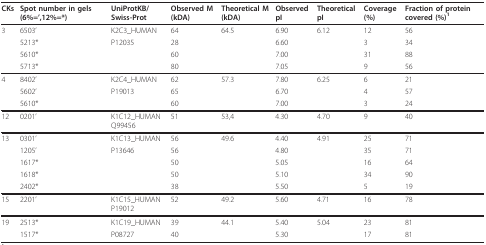
<table><thead><tr><td><b>CKs</b></td><td><b>Spot number in gels (6%=&#x27;,12%=*)</b></td><td><b>UniProtKB/Swiss-Prot</b></td><td><b>Observed M (kDA)</b></td><td><b>Theoretical M (kDA)</b></td><td><b>Observed pI</b></td><td><b>Theoretical pI</b></td><td><b>Coverage (%)</b></td><td><b>Fraction of protein covered (%)<sup>1</sup></b></td></tr></thead><tbody><tr><td>3</td><td>6503&#x27;</td><td>K2C3_HUMAN</td><td>64</td><td>64.5</td><td>6.90</td><td>6.12</td><td>12</td><td>56</td></tr><tr><td></td><td>5213*</td><td>P12035</td><td>28</td><td></td><td>6.60</td><td></td><td>3</td><td>34</td></tr><tr><td></td><td>5610*</td><td></td><td>60</td><td></td><td>7.00</td><td></td><td>31</td><td>88</td></tr><tr><td></td><td>5713*</td><td></td><td>80</td><td></td><td>7.05</td><td></td><td>9</td><td>56</td></tr><tr><td>4</td><td>8402&#x27;</td><td>K2C4_HUMAN</td><td>62</td><td>57.3</td><td>7.80</td><td>6.25</td><td>6</td><td>21</td></tr><tr><td></td><td>5602&#x27;</td><td>P19013</td><td>65</td><td></td><td>6.70</td><td></td><td>4</td><td>57</td></tr><tr><td></td><td>5610*</td><td></td><td>60</td><td></td><td>7.00</td><td></td><td>3</td><td>24</td></tr><tr><td>12</td><td>0201&#x27;</td><td>K1C12_HUMAN Q99456</td><td>51</td><td>53,4</td><td>4.30</td><td>4.70</td><td>9</td><td>40</td></tr><tr><td>13</td><td>0301&#x27;</td><td>K1C13_HUMAN</td><td>56</td><td>49.6</td><td>4.40</td><td>4.91</td><td>25</td><td>71</td></tr><tr><td></td><td>1205&#x27;</td><td>P13646</td><td>56</td><td></td><td>4.80</td><td></td><td>35</td><td>71</td></tr><tr><td></td><td>1617*</td><td></td><td>50</td><td></td><td>5.05</td><td></td><td>16</td><td>64</td></tr><tr><td></td><td>1618*</td><td></td><td>50</td><td></td><td>5.10</td><td></td><td>34</td><td>90</td></tr><tr><td></td><td>2402*</td><td></td><td>38</td><td></td><td>5.50</td><td></td><td>5</td><td>19</td></tr><tr><td>15</td><td>2201&#x27;</td><td>K1C15_HUMAN P19012</td><td>52</td><td>49.2</td><td>5.60</td><td>4.71</td><td>16</td><td>78</td></tr><tr><td>19</td><td>2513*</td><td>K1C19_HUMAN</td><td>39</td><td>44.1</td><td>5.40</td><td>5.04</td><td>23</td><td>81</td></tr><tr><td></td><td>1517*</td><td>P08727</td><td>40</td><td></td><td>5.30</td><td></td><td>17</td><td>81</td></tr></tbody></table>